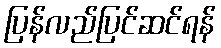
ပြန်လည်ပြင်ဆင်ရန်